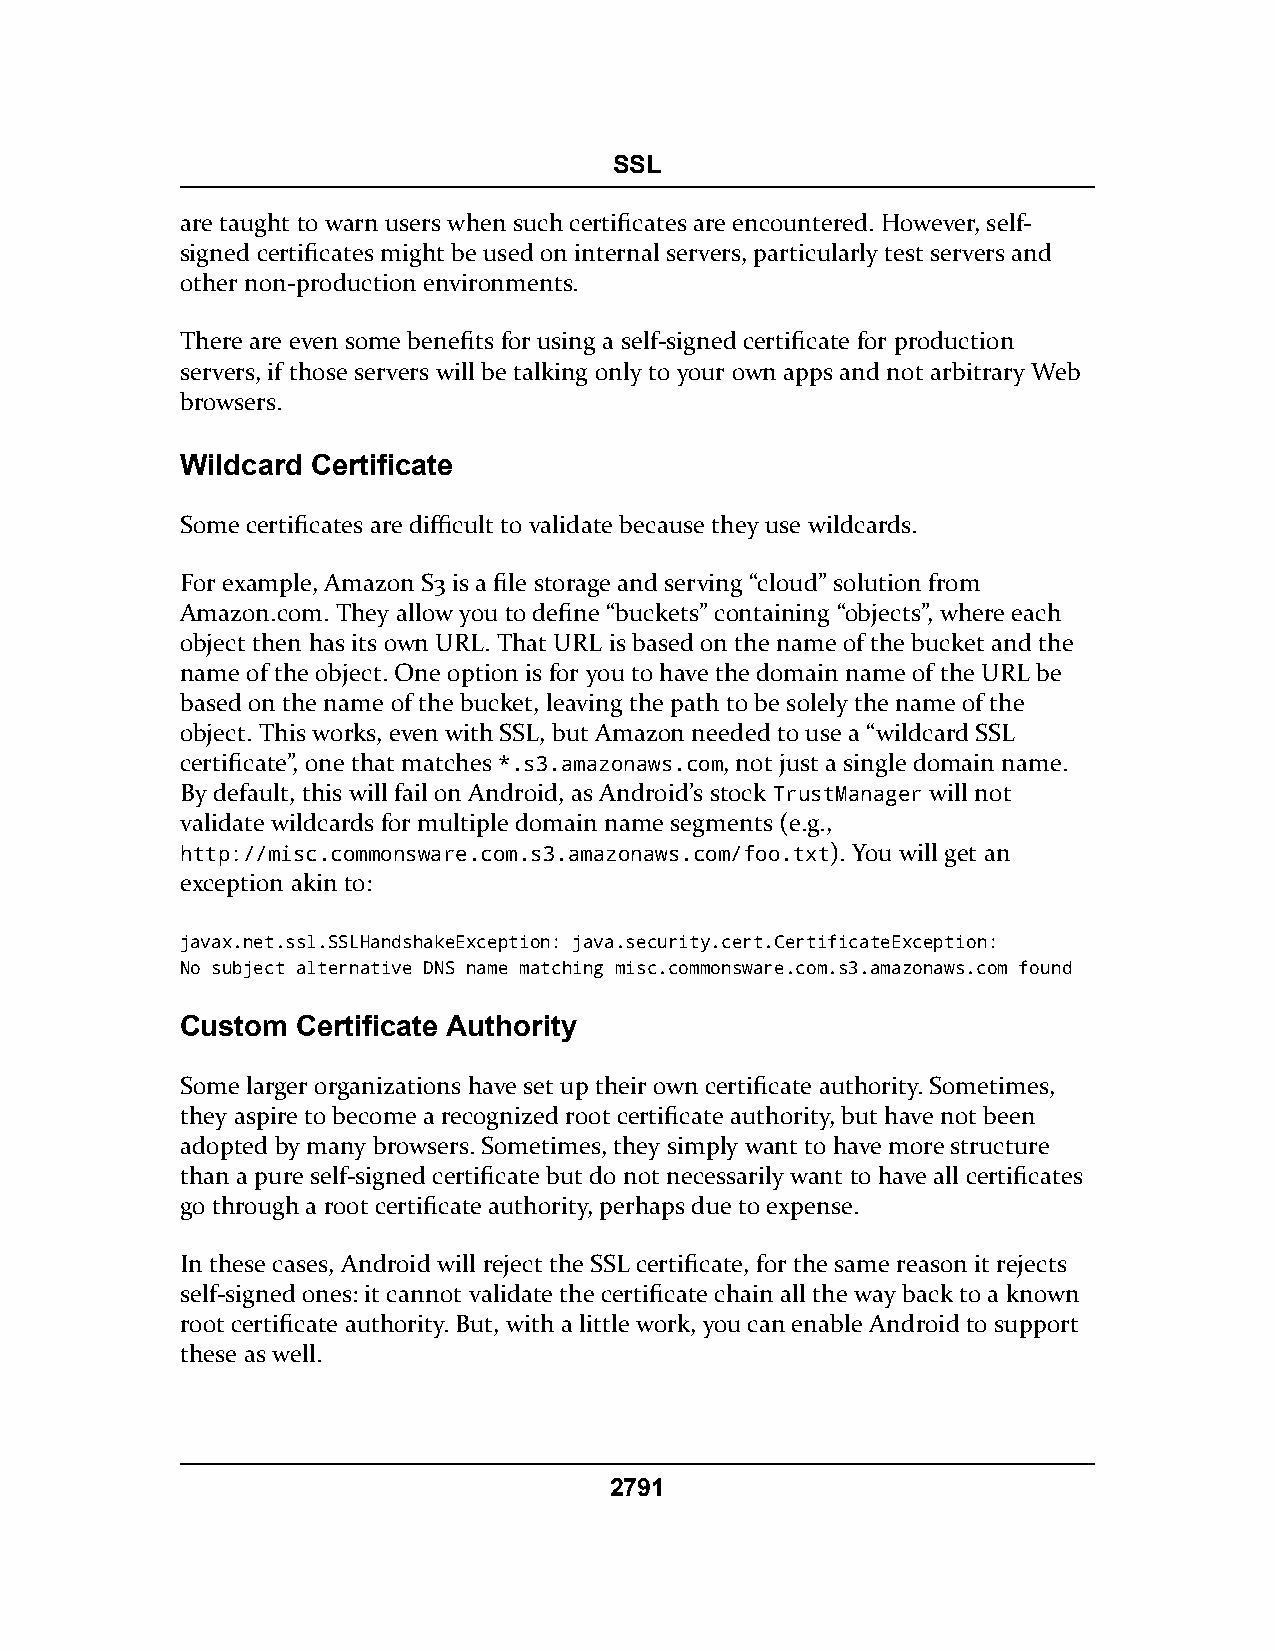
SSL
 are taught to warn users when such certificates are encountered. However, self-
 signed certificates might be used on internal servers, particularly test servers and
 other non-production environments.
 There are even some benefits for using a self-signed certificate for production
 servers, if those servers will be talking only to your own apps and not arbitrary Web
 browsers.
 Wildcard Certificate
 Some certificates are difficult to validate because they use wildcards.
 For example, Amazon S3 is a file storage and serving “cloud” solution from
 Amazon.com. They allow you to define “buckets” containing “objects”, where each
 object then has its own URL. That URL is based on the name of the bucket and the
 name of the object. One option is for you to have the domain name of the URL be
 based on the name of the bucket, leaving the path to be solely the name of the
 object. This works, even with SSL, but Amazon needed to use a “wildcard SSL
 certificate”, one that matches *.s3.amazonaws.com, not just a single domain name.
 By default, this will fail on Android, as Android’s stock TrustManager will not
 validate wildcards for multiple domain name segments (e.g.,
 http://misc.commonsware.com.s3.amazonaws.com/foo.txt). You will get an
 exception akin to:
 javax.net.ssl.SSLHandshakeException: java.security.cert.CertificateException:
 No subject alternative DNS name matching misc.commonsware.com.s3.amazonaws.com found
 Custom  Certificate Authority
 Some larger organizations have set up their own certificate authority. Sometimes,
 they aspire to become a recognized root certificate authority, but have not been
 adopted by many browsers. Sometimes, they simply want to have more structure
 than a pure self-signed certificate but do not necessarily want to have all certificates
 go through a root certificate authority, perhaps due to expense.
 In these cases, Android will reject the SSL certificate, for the same reason it rejects
 self-signed ones: it cannot validate the certificate chain all the way back to a known
 root certificate authority. But, with a little work, you can enable Android to support
 these as well.
 2791